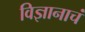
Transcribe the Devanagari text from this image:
विज्ञानाचं